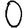
Digit: 0